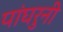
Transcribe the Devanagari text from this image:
पांघरुनी